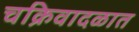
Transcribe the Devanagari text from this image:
चक्रिवादळात